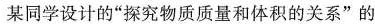
某同学设计的”探究物质质量和体积的关系”的